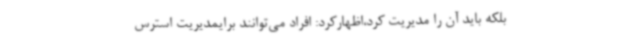
بلکه باید آن را مدیریت کرد،اظهارکرد: افراد می‌توانند برایمدیریت استرس